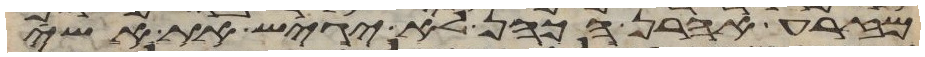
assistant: מזרע אהרן הכהן לא יגיש את אשי